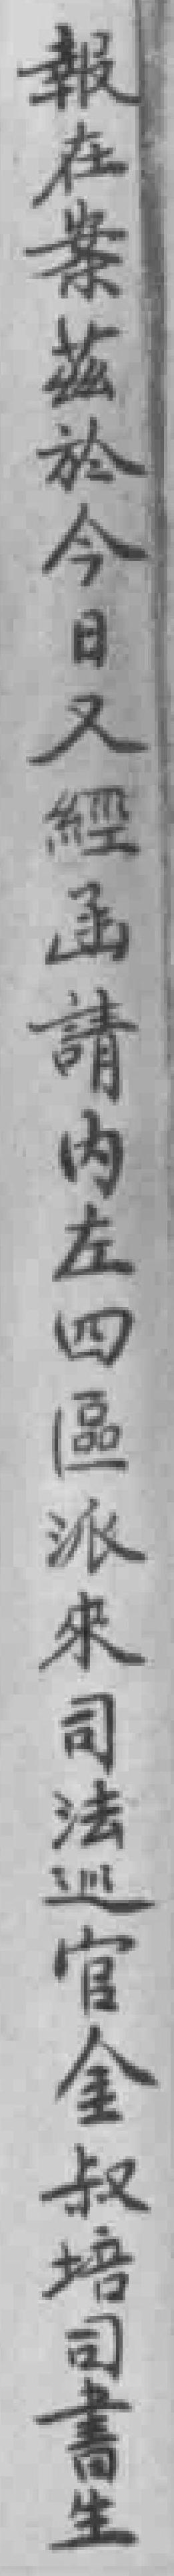
報在案茲於今日又經函請内左四區派來司法巡官金叔培司書生